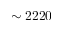
\sim 2 2 2 0